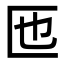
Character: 匜